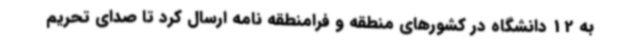
به 12 دانشگاه در کشورهای منطقه و فرامنطقه نامه ارسال کرد تا صدای تحریم